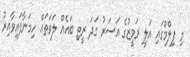
މި ފިލްމްގައި އަލީ ރަމީޒުގެ އަސަރު ގަދަ ރީތި ބައެއް ލަވަތައް ހިމަނާފައިވާއިރު